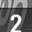
Digit: 2